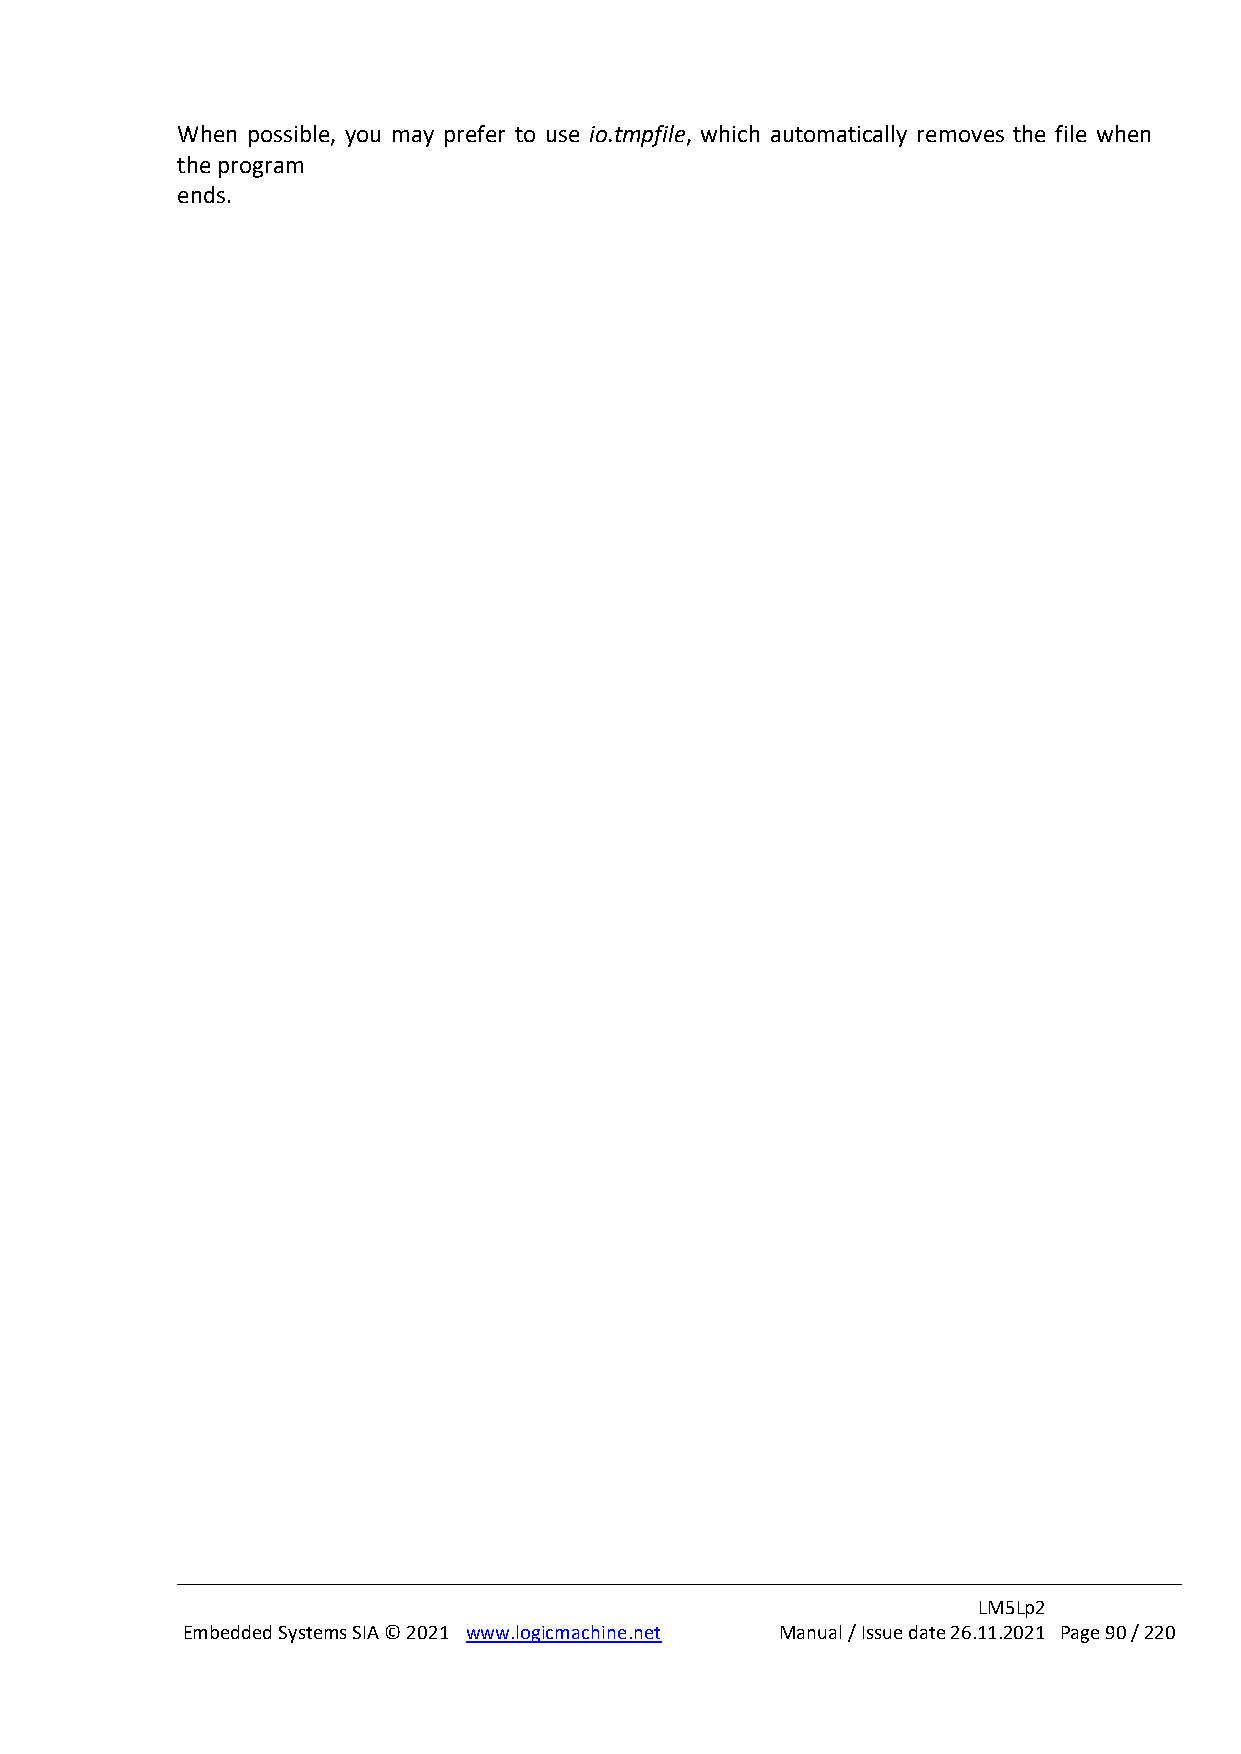
When possible, you may prefer to use io.tmpfile, which automatically removes the file when
 the program
 ends.
 LM5Lp2
 Embedded Systems SIA © 2021 www.logicmachine.net Manual / Issue date 26.11.2021 Page 90 / 220